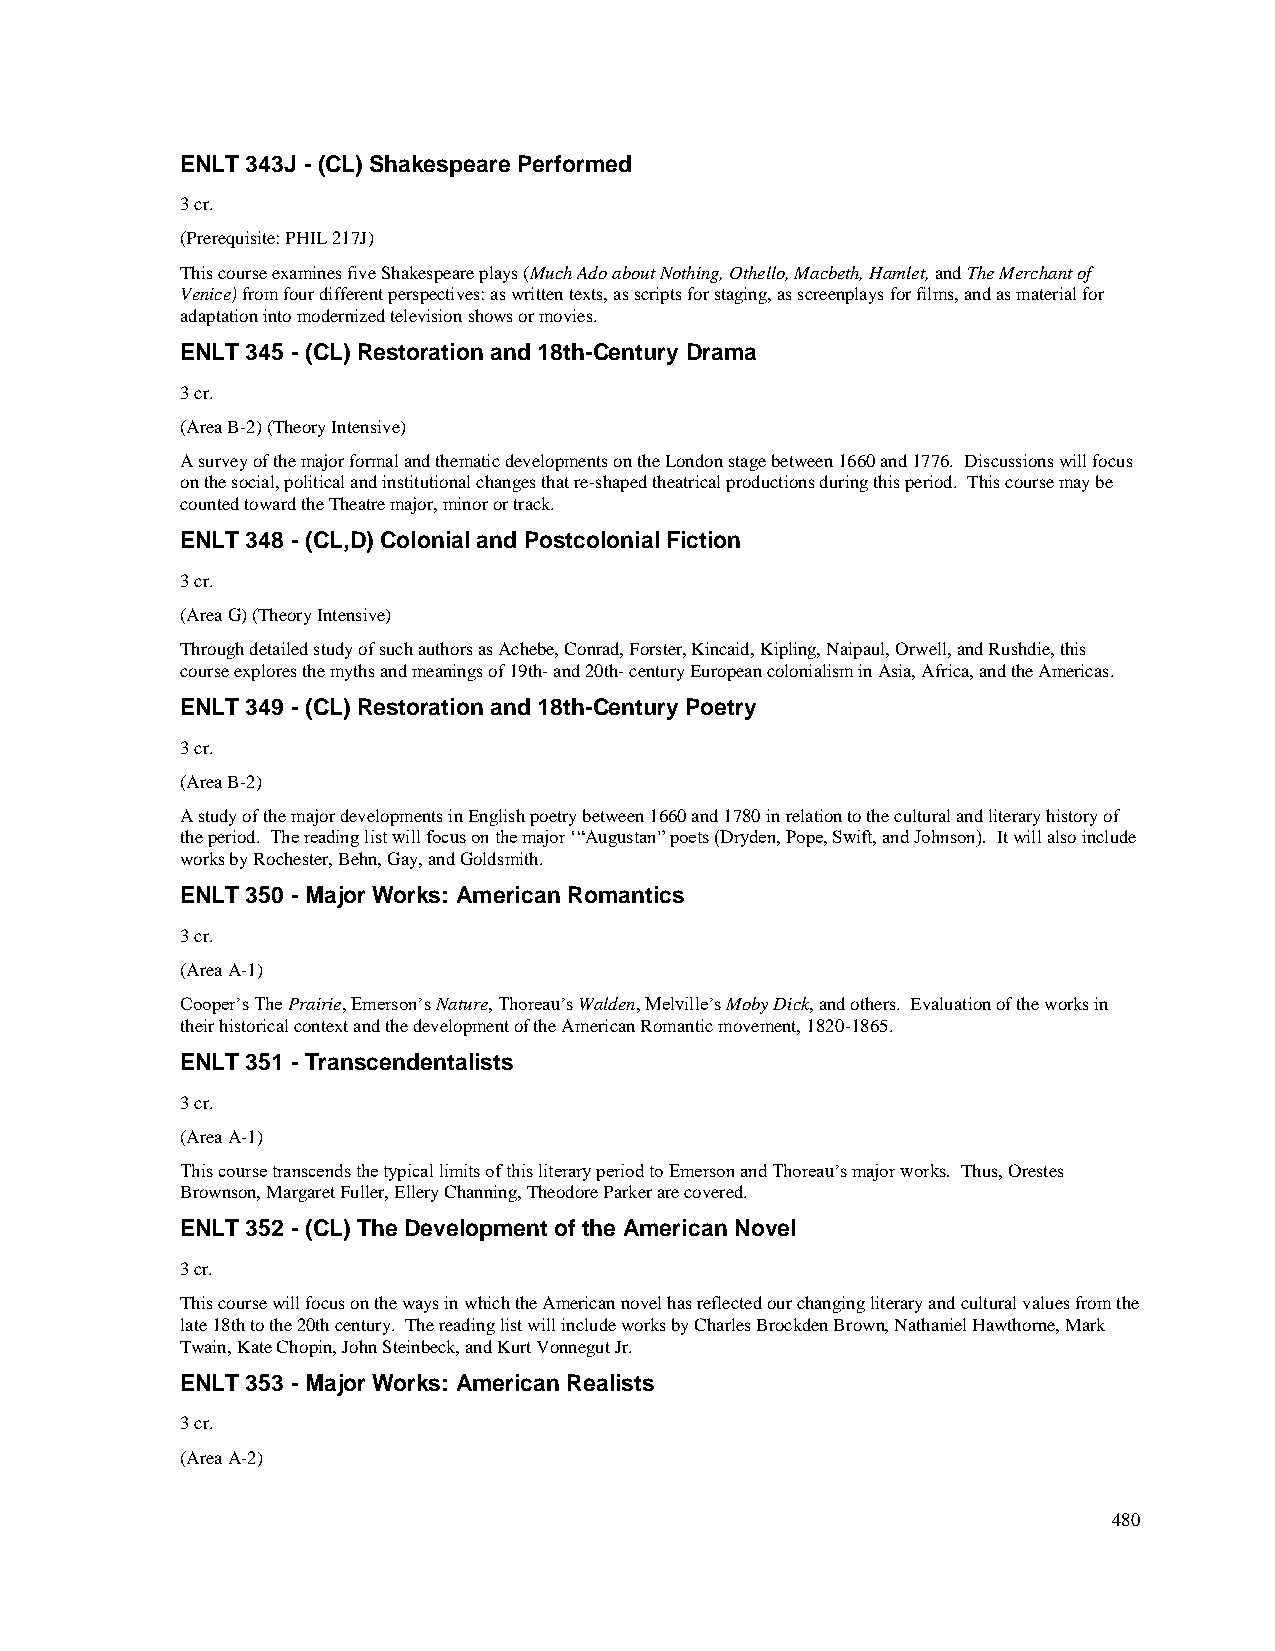
ENLT 343J - (CL) Shakespeare Performed
 3 cr.
 (Prerequisite: PHIL 217J)
 This course examines five Shakespeare plays (Much Ado about Nothing, Othello, Macbeth, Hamlet, and The Merchant of
 Venice) from four different perspectives: as written texts, as scripts for staging, as screenplays for films, and as material for
 adaptation into modernized television shows or movies.
 ENLT 345 - (CL) Restoration and 18th-Century Drama
 3 cr.
 (Area B-2) (Theory Intensive)
 A survey of the major formal and thematic developments on the London stage between 1660 and 1776. Discussions will focus
 on the social, political and institutional changes that re-shaped theatrical productions during this period. This course may be
 counted toward the Theatre major, minor or track.
 ENLT 348 - (CL,D) Colonial and Postcolonial Fiction
 3 cr.
 (Area G) (Theory Intensive)
 Through detailed study of such authors as Achebe, Conrad, Forster, Kincaid, Kipling, Naipaul, Orwell, and Rushdie, this
 course explores the myths and meanings of 19th- and 20th- century European colonialism in Asia, Africa, and the Americas.
 ENLT 349 - (CL) Restoration and 18th-Century Poetry
 3 cr.
 (Area B-2)
 A study of the major developments in English poetry between 1660 and 1780 in relation to the cultural and literary history of
 the period. The reading list will focus on the major ‘“Augustan” poets (Dryden, Pope, Swift, and Johnson). It will also include
 works by Rochester, Behn, Gay, and Goldsmith.
 ENLT 350 - Major Works: American Romantics
 3 cr.
 (Area A-1)
 Cooper’s The Prairie, Emerson’s Nature, Thoreau’s Walden, Melville’s Moby Dick, and others. Evaluation of the works in
 their historical context and the development of the American Romantic movement, 1820-1865.
 ENLT 351 - Transcendentalists
 3 cr.
 (Area A-1)
 This course transcends the typical limits of this literary period to Emerson and Thoreau’s major works. Thus, Orestes
 Brownson, Margaret Fuller, Ellery Channing, Theodore Parker are covered.
 ENLT 352 - (CL) The Development of the American Novel
 3 cr.
 This course will focus on the ways in which the American novel has reflected our changing literary and cultural values from the
 late 18th to the 20th century. The reading list will include works by Charles Brockden Brown, Nathaniel Hawthorne, Mark
 Twain, Kate Chopin, John Steinbeck, and Kurt Vonnegut Jr.
 ENLT 353 - Major Works: American Realists
 3 cr.
 (Area A-2)
 480